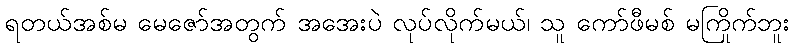
ရတယ်အစ်မ မေဇော်အတွက် အအေးပဲ လုပ်လိုက်မယ်၊ သူ ကော်ဖီမစ် မကြိုက်ဘူး